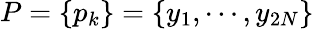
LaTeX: P=\{ p_{k}\} =\{ y_{1},\cdots,y_{2N}\}